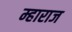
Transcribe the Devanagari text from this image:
म्हाराज